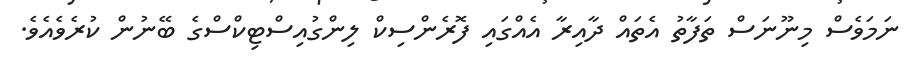
ނަމަވެސް މިނޫނަސް ތަފާތު އެތައް ދާއިރާ އެއްގައި ފޮރެންސިކް ލިންގުއިސްޓިކްސްގެ ބޭނުން ކުރެވެއެވެ.